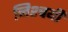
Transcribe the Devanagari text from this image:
निश्‍चयी